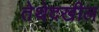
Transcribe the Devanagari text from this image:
तेथेदखील